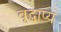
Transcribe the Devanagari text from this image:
वृद्धाप्य